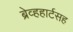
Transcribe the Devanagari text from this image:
ब्रेव्हहार्टसह